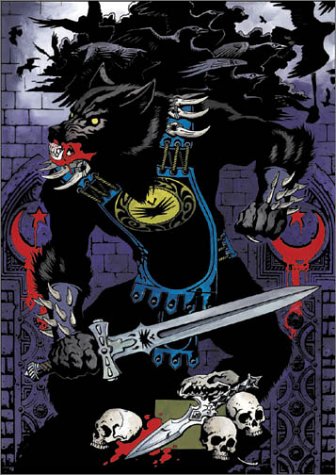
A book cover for Tribebook: Shadow Lords; Chris Campbell; Science Fiction & Fantasy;